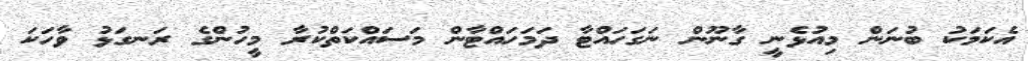
އެކަމަކު ބުނަން މިއުޅެނީ ގާނޫން ނަގަހައްޓާ ދަމަހައްޓާން މަސައްކަތްކުރާ މީހުންގެ ރަނގަޅު ވާހަކަ